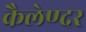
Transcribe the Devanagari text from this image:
कैलेण्दर